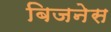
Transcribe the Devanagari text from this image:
बिजनेस